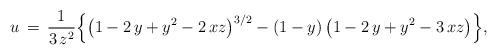
LaTeX: \begin{align*}u\,=\,\frac{1}{3\,z^2}\Big\{\big(1-2\,y+y^2-2\,xz\big)^{3/2}-(1-y)\,\big(1-2\,y+y^2-3\,xz\big)\Big\},\end{align*}